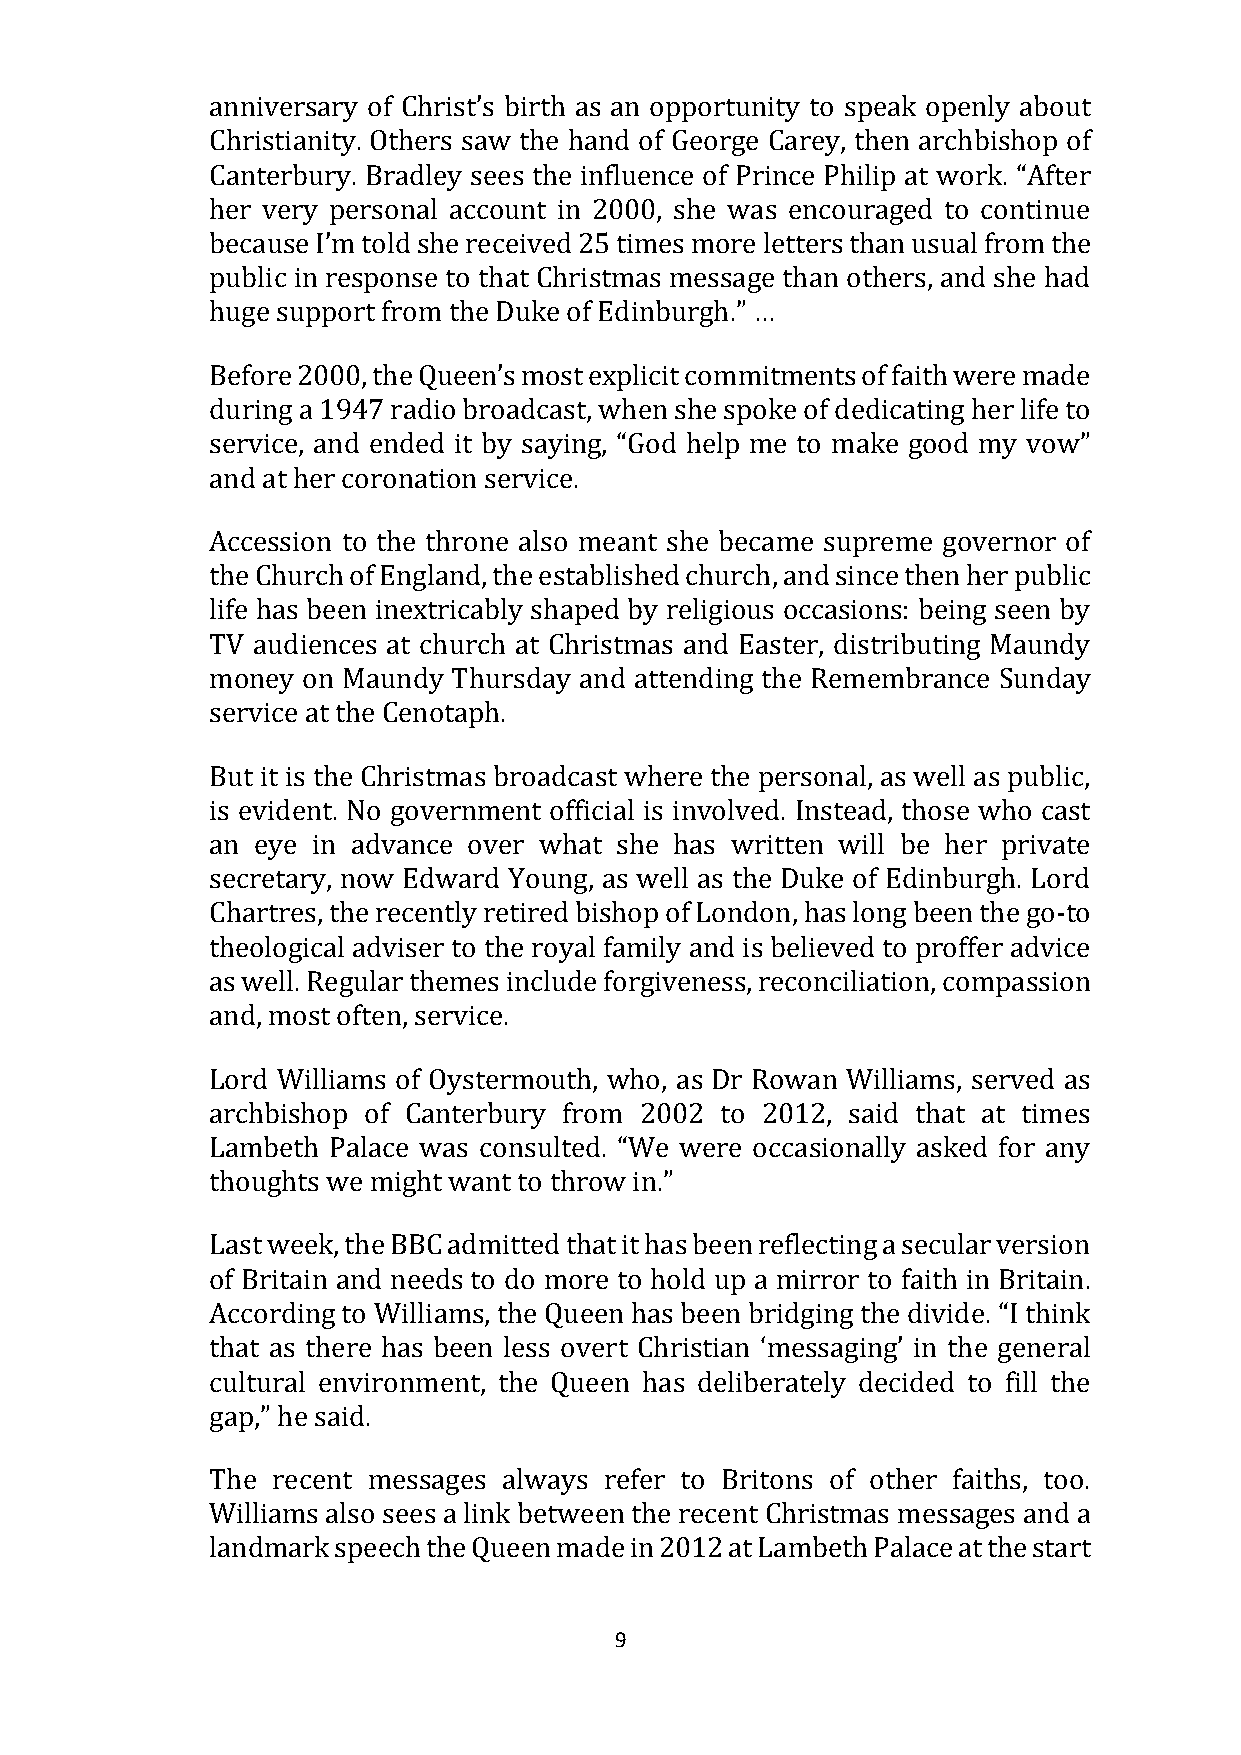
anniversary of Christ’s birth as an opportunity to speak openly about
 Christianity. Others saw the hand of George Carey, then archbishop of
 Canterbury. Bradley sees the influence of Prince Philip at work. “After
 her very personal account in 2000, she was encouraged to continue
 because I’m told she received 25 times more letters than usual from the
 public in response to that Christmas message than others, and she had
 huge support from the Duke of Edinburgh.” …
 Before 2000, the Queen’s most explicit commitments of faith were made
 during a 1947 radio broadcast, when she spoke of dedicating her life to
 service, and ended it by saying, “God help me to make good my vow”
 and at her coronation service.
 Accession to the throne also meant she became supreme governor of
 the Church of England, the established church, and since then her public
 life has been inextricably shaped by religious occasions: being seen by
 TV audiences at church at Christmas and Easter, distributing Maundy
 money on Maundy Thursday and attending the Remembrance Sunday
 service at the Cenotaph.
 But it is the Christmas broadcast where the personal, as well as public,
 is evident. No government official is involved. Instead, those who cast
 an eye in advance over what she has written will be her private
 secretary, now Edward Young, as well as the Duke of Edinburgh. Lord
 Chartres, the recently retired bishop of London, has long been the go-to
 theological adviser to the royal family and is believed to proffer advice
 as well. Regular themes include forgiveness, reconciliation, compassion
 and, most often, service.
 Lord Williams of Oystermouth, who, as Dr Rowan Williams, served as
 archbishop of Canterbury from 2002 to 2012, said that at times
 Lambeth Palace was consulted. “We were occasionally asked for any
 thoughts we might want to throw in.”
 Last week, the BBC admitted that it has been reflecting a secular version
 of Britain and needs to do more to hold up a mirror to faith in Britain.
 According to Williams, the Queen has been bridging the divide. “I think
 that as there has been less overt Christian ‘messaging’ in the general
 cultural environment, the Queen has deliberately decided to fill the
 gap,” he said.
 The recent messages always refer to Britons of other faiths, too.
 Williams also sees a link between the recent Christmas messages and a
 landmark speech the Queen made in 2012 at Lambeth Palace at the start
 9